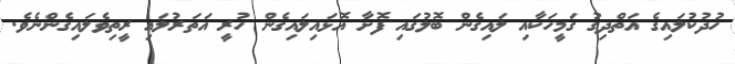
ހުދުކުލައިގެ އަތްދިގު ގަމީހަކާއި ލައިގެން ބޮލުގައި ފޮށާ އޮޅައިލައިގެން ހުރީ އަތަރުލައި ރީތިވެލައިގެންނެވެ.